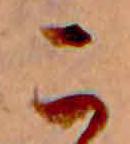
こ